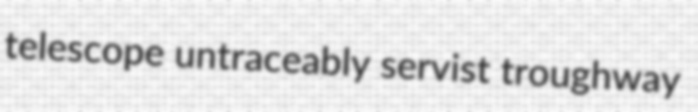
telescope untraceably servist troughway